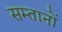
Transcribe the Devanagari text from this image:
सम्तानों